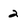
Character: 2